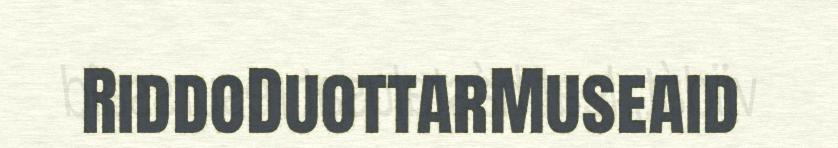
RiddoDuottarMuseaid